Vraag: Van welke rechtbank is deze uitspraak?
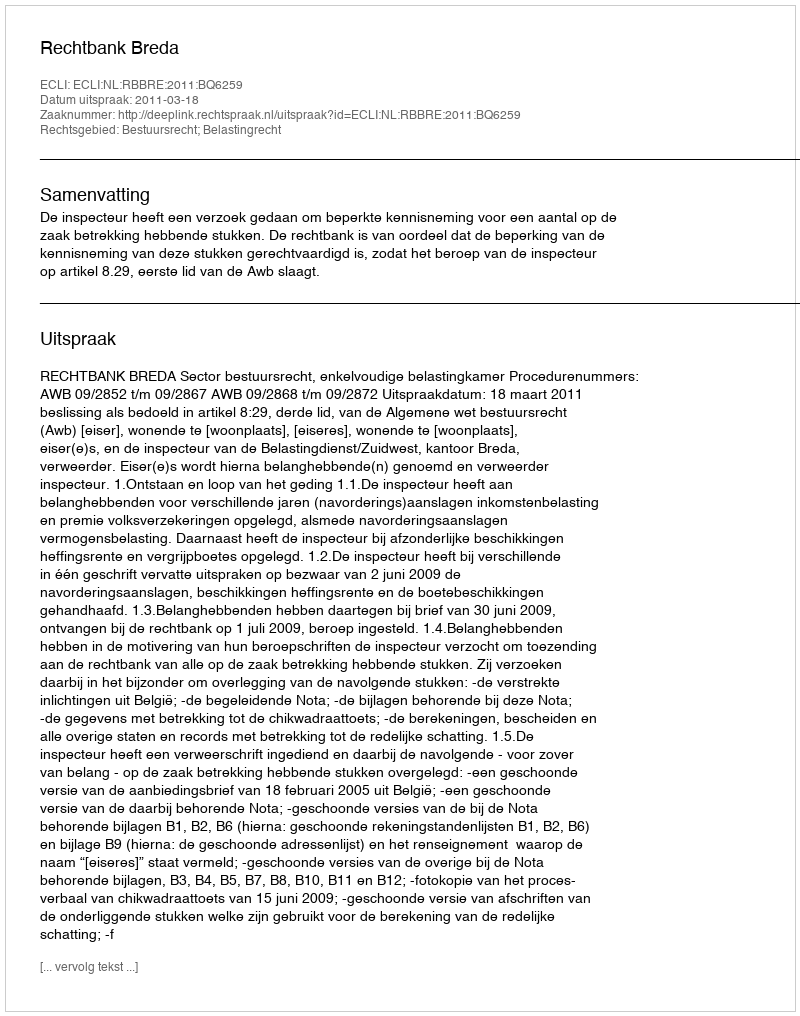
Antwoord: Rechtbank Breda